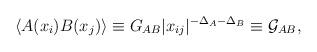
LaTeX: \begin{align*}\langle A(x_{i}) B(x_{j}) \rangle \equiv G_{AB} |x_{ij}|^{-\Delta_A - \Delta_B} \equiv \mathcal{G}_{AB},\end{align*}